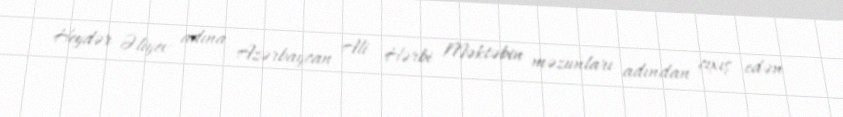
Heydər Əliyev adına Azərbaycan Ali Hərbi Məktəbin məzunları adından çıxış edən